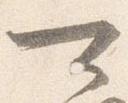
可